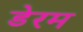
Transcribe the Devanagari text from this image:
डेरम